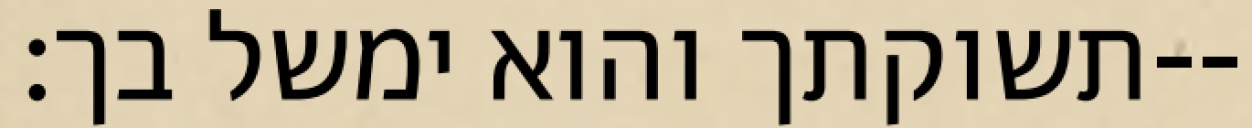
תשוקתך והוא ימשל בך׃--